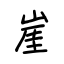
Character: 崖